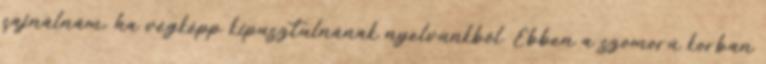
sajnálnám, ha végképp kipusztulnának nyelvünkből. Ebben a szomorú korban